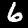
Digit: 6